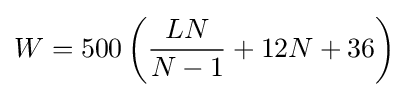
W=500\left({\frac {LN}{N-1}}+12N+36\right)